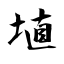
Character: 埴